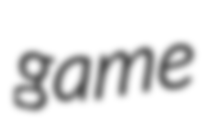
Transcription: game